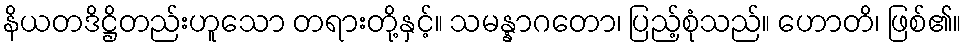
နိယတဒိဋ္ဌိတည်းဟူသော တရားတို့နှင့်။ သမန္နာဂတော၊ ပြည့်စုံသည်။ ဟောတိ၊ ဖြစ်၏။